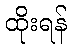
ထိုးရန်